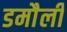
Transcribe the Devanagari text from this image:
डमाैली